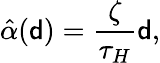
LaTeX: \hat{\alpha}({\mathsf{d}})=\frac{\zeta}{\tau_{H}}{\mathsf{d}},